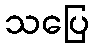
သပြေ